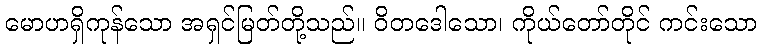
မောဟရှိကုန်သော အရှင်မြတ်တို့သည်။ ဝိတဒေါသော၊ ကိုယ်တော်တိုင် ကင်းသော